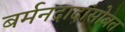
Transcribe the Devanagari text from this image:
बर्मनदादांसोबत